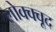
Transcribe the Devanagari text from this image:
लोक्क्वूद